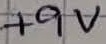
Text: +9V